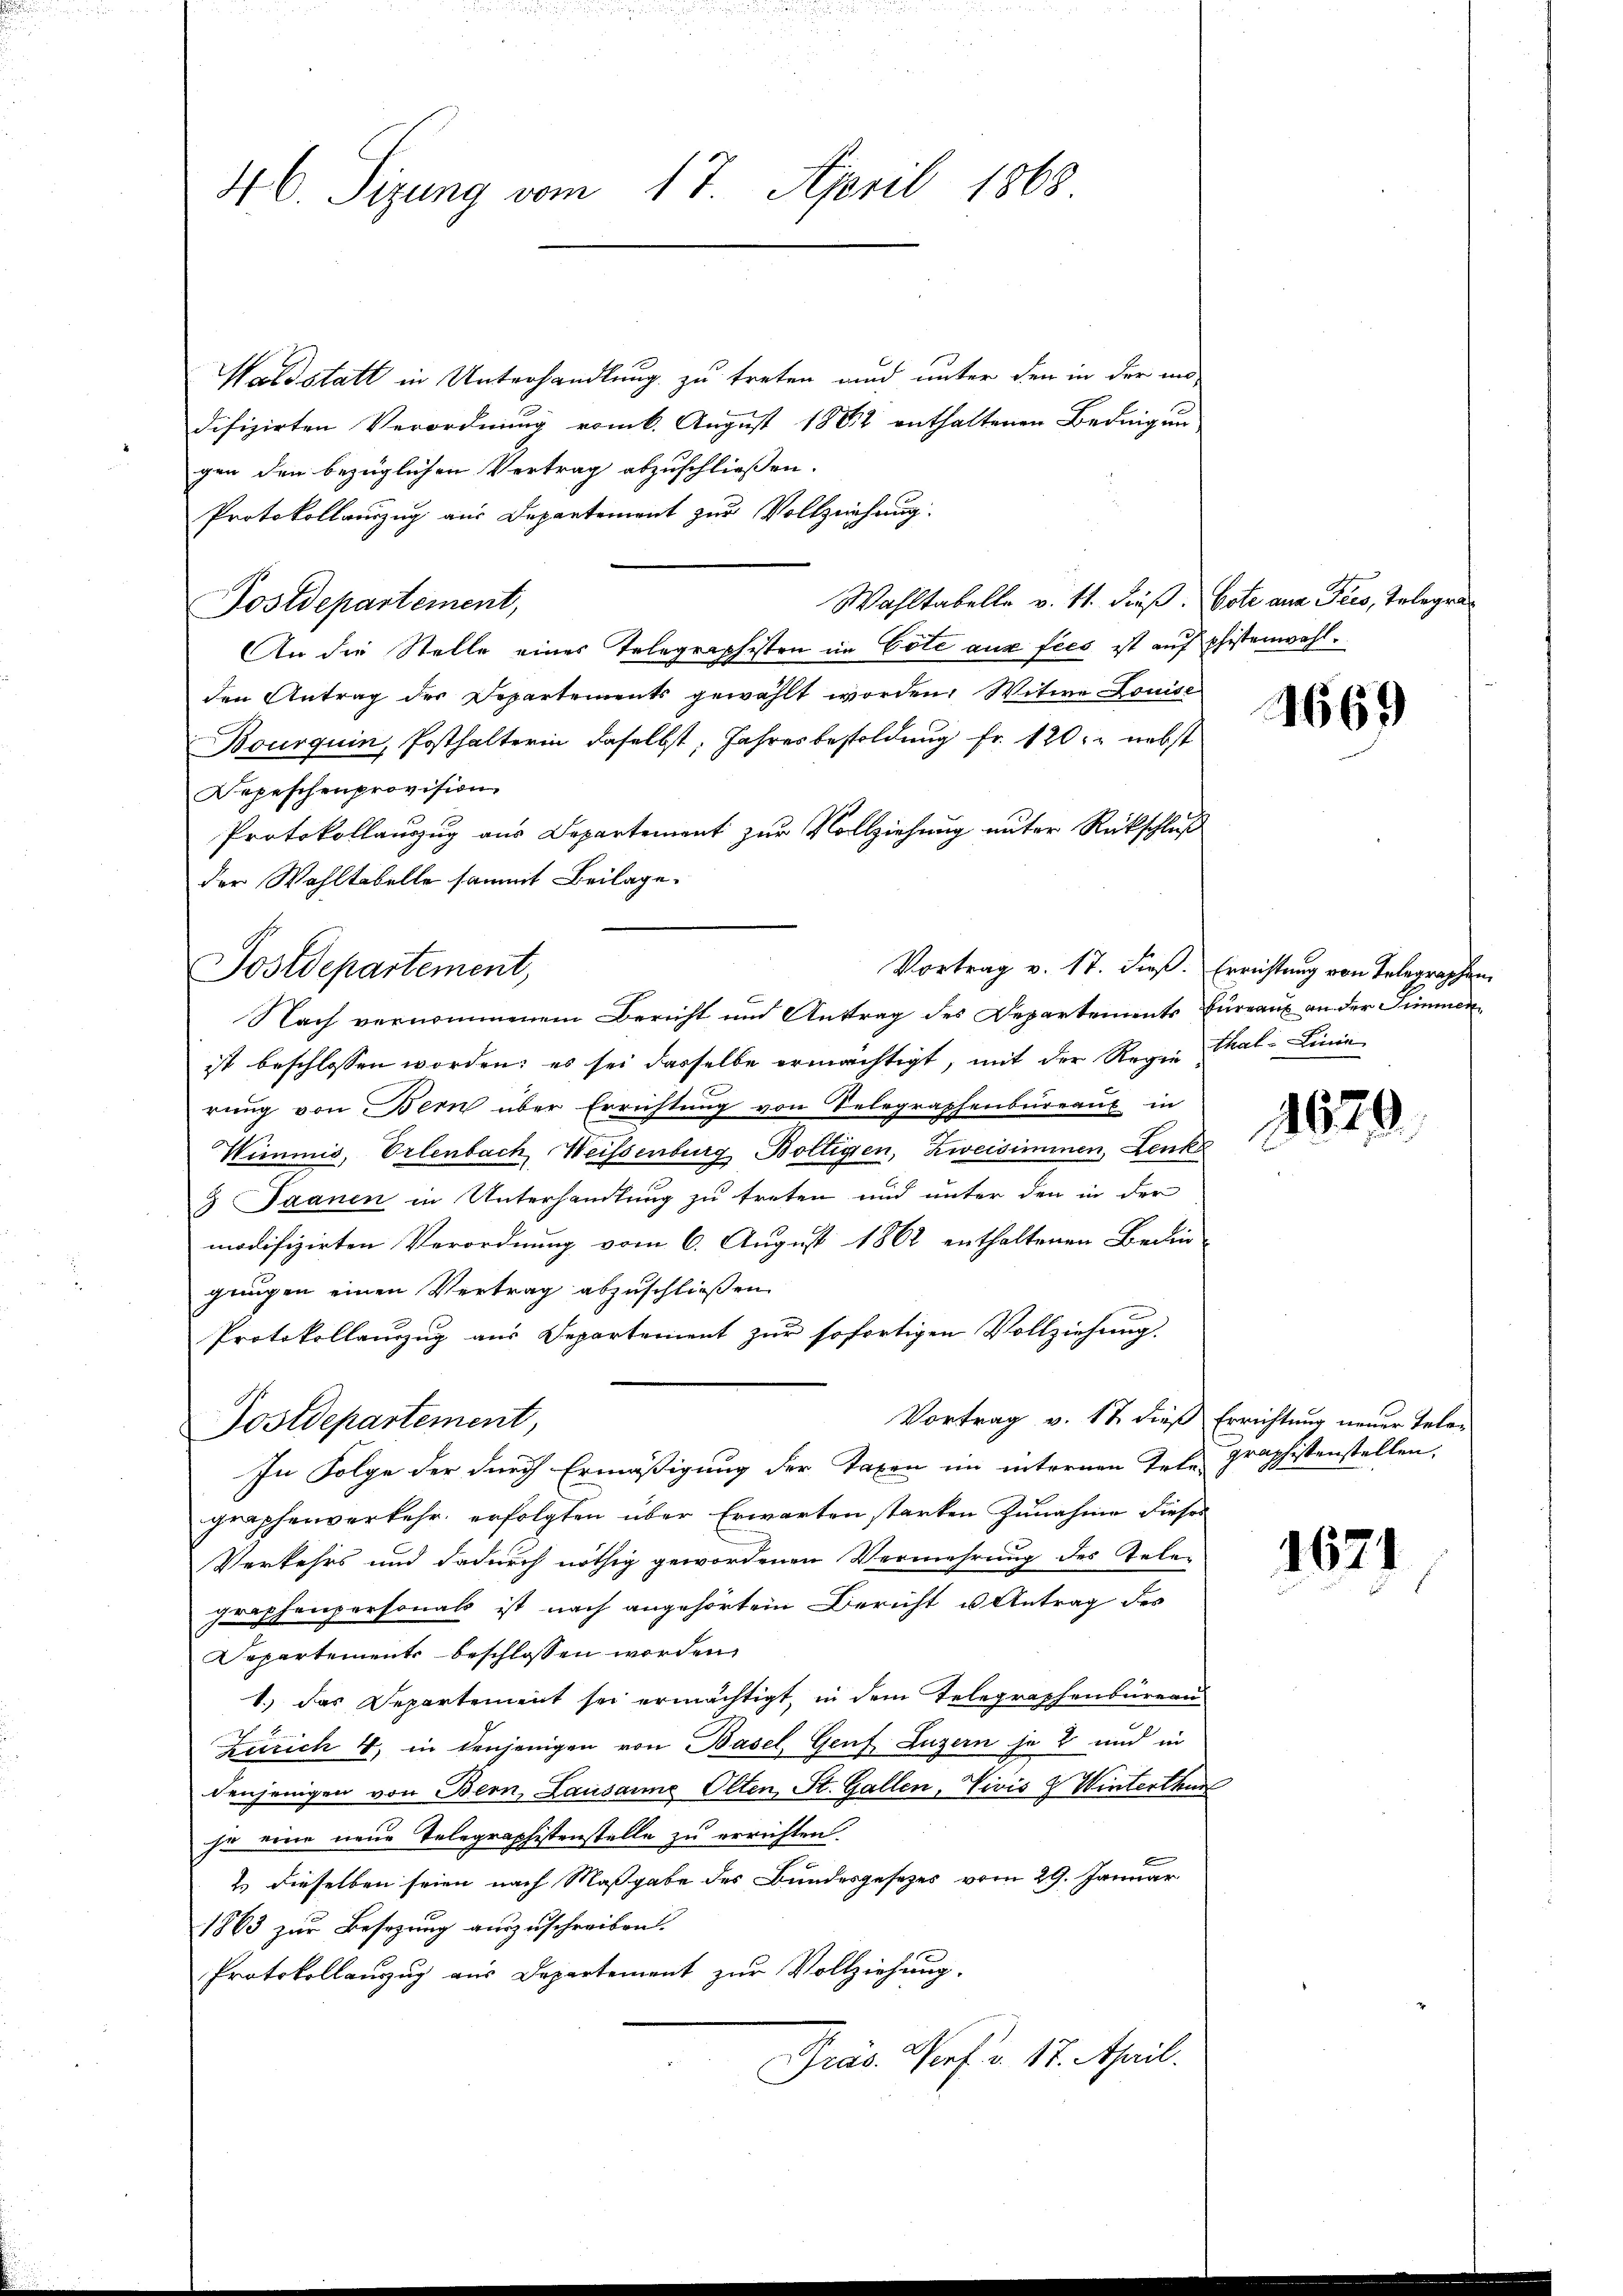
46. Sizung vom 17. April 1868

Waldstatt in Unterhandlung zu treten und unter den in der in
difizirten Verordnung vom 6. August 1882 enthaltenen Bedingun
gen den bezüglichen Vertrag abzuschliessen.
Protokollauszug aus Departement zur Vollziehung.
Wahltabelle v. 11. dieß. Bote ana Fees, Telegra
Postdepartement,
An die Stelle eines Telegraphisten im Cote aus fees ist auf pistenwahlden Antrag der Departements gewählt worden. Witwe Louise
Bourquin, Posthalterin daselbst, Jahresbesoldung fr. 120. nebst
Depeschenprovision
Protokollauszug aus Departement zur Vollziehung unter Rückschluß
der Wahltabelle sammt Beilage.
Vortrag v. 17. dieß. Errichtung von Telegraphen
Postdepartement,
Nach vernommenem Bericht und Antrag des Departements Büreaux an der Simmenist beschlossen worden; es sei dasselbe ermächtigt, mit der Regen Thal-Linie
rung von Bern über Errichtung von Telegraphenbureaux in
Wimmis, Erlenbach Weissenburg Boltigen, Zweisimmen, Lenk
3 Saanen in Unterhandlung zu treten und unter den in der
modifizirten Verordnung vom 6. August 1862 enthaltenen Bedin-
gungen einen Vertrag abzuschließen
Protokollanzug aus Departement zur sofortigen Vollziehung.
Vortrag v. 12 dieß Errichtung neuer Tele¬
Postdepartement,
In Folge der durch Ermäßigung der Taxen im internen Telegraphistenstellen,
graphenverkehr erfolgten über Erwarten starken Zunahme dieser
Verkehrs und dadurch nöthig gewordenen Vermehrung des Tele-
graphenpersonals ist nach angehörtem Bericht u Antrag des
Departements beschlossen worden,
1.) Das Departement sei ermächtigt, in dem Telegraphenbüreau
Zürich 4, in denjenigen von Basel, Genf Luzern je 2 und in
denjenigen von Bern, Lausanne Olten, St. Gallen, Vivis & Winterthur
je eine neue Telegraphistenstelle zu errichten.
& dieselben seien nach Maßgabe des Bundesgesezes vom 29. Januar
1863 zur Besizung auszuschreiben.
Protokollauzug aus Departement zur Vollziehung.
Präs. Porf. v. 17. April.

1669

1829.

1621